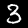
Label: 3